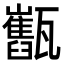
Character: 𤮯